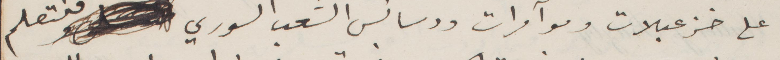
على خزعبلات ومؤامرات ودسائس الشعب السوري فلتعلم